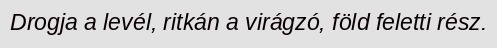
Drogja a levél, ritkán a virágzó, föld feletti rész.